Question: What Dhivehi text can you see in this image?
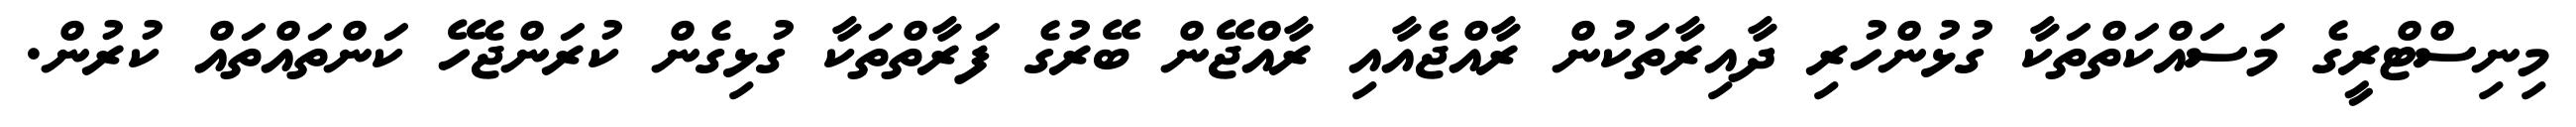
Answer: މިނިސްޓްރީގެ މަސައްކަތްތަކާ ގުޅުންހުރި ދާއިރާތަކުން ރާއްޖެއާއި ރާއްޖޭން ބޭރުގެ ފަރާތްތަކާ ގުޅިގެން ކުރަންޖެހޭ ކަންތައްތައް ކުރުން.